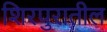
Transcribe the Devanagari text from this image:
शिरपुरातील